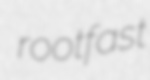
rootfast